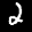
Label: 2